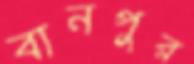
বানপুর